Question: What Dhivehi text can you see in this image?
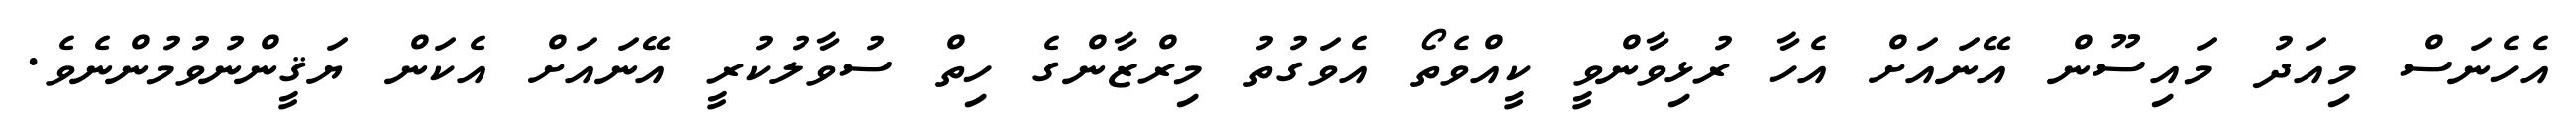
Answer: އެހެނަސް މިއަދު މައިސޫން އޭނައަށް އެހާ ރުޅިވާންވީ ކީއްވެތޯ އެވަގުތު މިރްޒާންގެ ހިތް ސުވާލުކުރީ އޭނައަށް އެކަން ޔަޤީންނުވުމުންނެވެ.